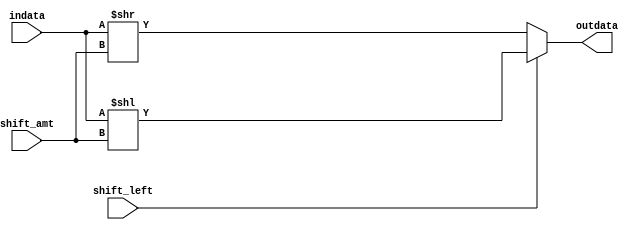
module Shifter (
    indata,
    shift_amt,
    shift_left,
    outdata
);

  input [31:0] indata;
  input [1:0] shift_amt;
  input shift_left;
  output wire [31:0] outdata;

  assign outdata = shift_left ? indata << shift_amt : indata >> shift_amt;

endmodule